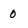
Character: 0